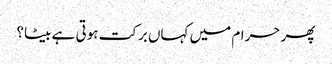
پھر حرام میں کہاں برکت ہوتی ہے بیٹا؟